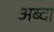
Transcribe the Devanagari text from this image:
अब्दा